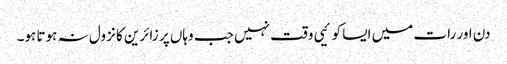
دن اور رات میں ایسا کوئیی وقت نہیں جب وہاں پر زائرین کا نزول نہ ہوتا ہو۔